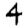
Digit: 4